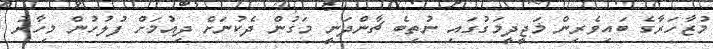
މުޒާހަރާގެ ބައިވެރިން މަޖީދީމަގުގައި ނުތިބެ ޗާންދަނީ މަގުން ދެކުނަށް ދިއުމަށް ފުލުހުން މިހާރު